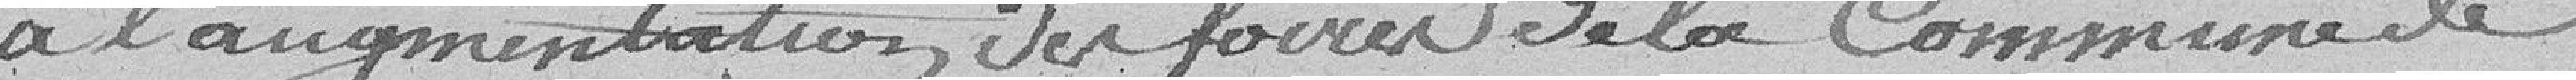
à l'augmentation des foires de la Commune de